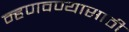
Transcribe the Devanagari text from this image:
म्हणवण्यासाठी